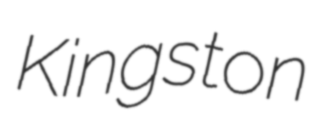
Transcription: Kingston